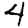
Digit: 4